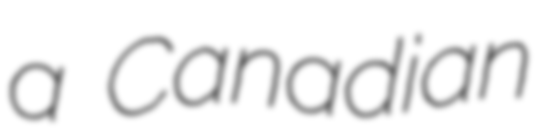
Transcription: a Canadian